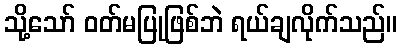
သို့သော် ဝတ်မပြုဖြစ်ဘဲ ရယ်ချလိုက်သည်။